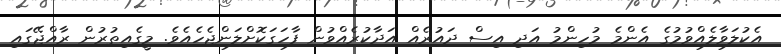
އެކުލަވާލެއްވުމުގެ އެންމެ މުހިންމު އަދި އިސް ދައުރެއް އަދާކުރެއްވުން ފާހަގަކޮށްލަންޖެހެއެވެ. މީގެއިތުރުން ރާއްޖޭގައި